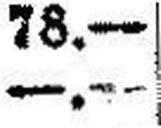
—.—